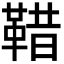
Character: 𩊿